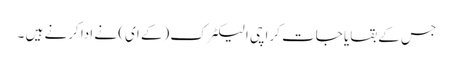
جس کے بقایا جات کراچی الیکٹرک (کے ای) نے ادا کرنے ہیں ۔